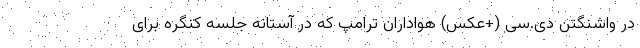
در واشنگتن دی.سی (+عکس) هواداران ترامپ که در آستانه جلسه کنگره برای